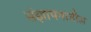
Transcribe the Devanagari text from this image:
संज्ञापनातील